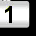
Digit: 1